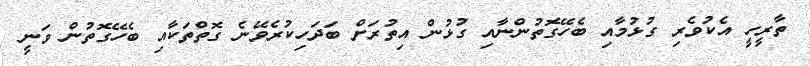
ތާރީހީ އެކުވެރި ގުޅުމާއި ބެހޭގޮތުންނާއި ގުޅުން އިތުރަށް ބަދަހިކުރެވޭނެ ގޮތްތަކާއި ބެހޭގޮތުން ވަނީ